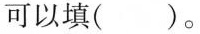
可以填()。